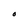
Character: O